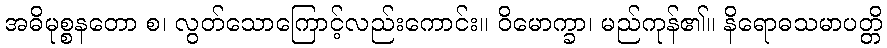
အဓိမုစ္စနတော စ၊ လွတ်သောကြောင့်လည်းကောင်း။ ဝိမောက္ခာ၊ မည်ကုန်၏။ နိရောဓသမာပတ္တိ